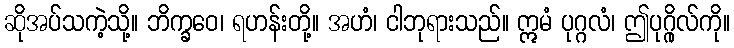
ဆိုအပ်သကဲ့သို့။ ဘိက္ခဝေ၊ ရဟန်းတို့။ အဟံ၊ ငါဘုရားသည်။ ဣမံ ပုဂ္ဂလံ၊ ဤပုဂ္ဂိုလ်ကို။